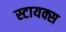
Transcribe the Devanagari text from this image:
स्टायक्स